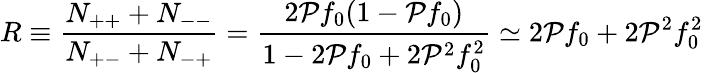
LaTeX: R\equiv{\frac{N_{++}+N_{--}}{N_{+-}+N_{-+}}}={\frac{2{\cal P}f_{0}(1-{\cal P}f_{0})}{1-2{\cal P}f_{0}+2{\cal P}^{2}f_{0}^{2}}}\simeq 2{\cal P}f_{0}+2{\cal P}^{2}f_{0}^{2}\,